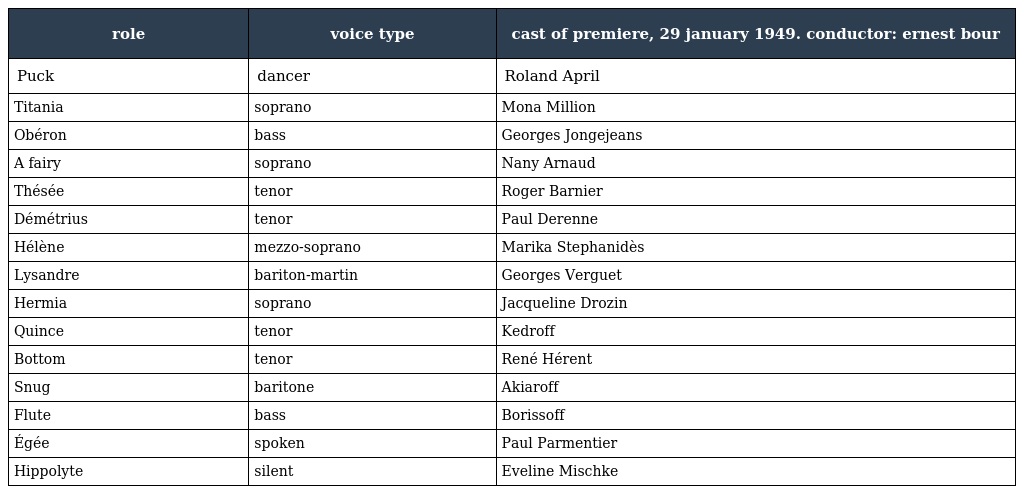
| role | voice type | cast of premiere, 29 january 1949. conductor: ernest bour |
 | --- | --- | --- |
 | Puck | dancer | Roland April |
 | Titania | soprano | Mona Million |
 | Obéron | bass | Georges Jongejeans |
 | A fairy | soprano | Nany Arnaud |
 | Thésée | tenor | Roger Barnier |
 | Démétrius | tenor | Paul Derenne |
 | Hélène | mezzo-soprano | Marika Stephanidès |
 | Lysandre | bariton-martin | Georges Verguet |
 | Hermia | soprano | Jacqueline Drozin |
 | Quince | tenor | Kedroff |
 | Bottom | tenor | René Hérent |
 | Snug | baritone | Akiaroff |
 | Flute | bass | Borissoff |
 | Égée | spoken | Paul Parmentier |
 | Hippolyte | silent | Eveline Mischke |